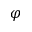
\varphi